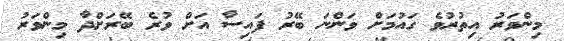
މިންވަރު އިތުރުވެ ގައުމަށް ވަންނަ ބޭރު ފައިސާ އަށް ވުރެ ބޭރަށްދާ މިންވަރު